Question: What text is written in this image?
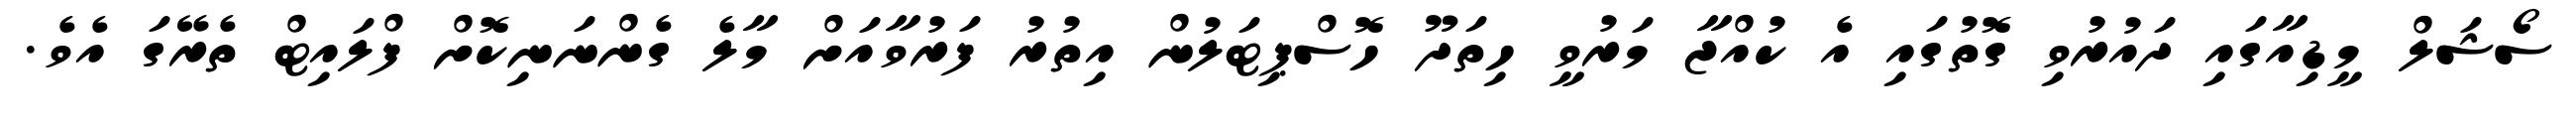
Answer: ސޯޝަލް މީޑިއާގައި ދައުރުވި ގޮތުގައި އެ ކުއްޖާ މަރުވީ ހިތަދޫ ހޮސްޕިޓަލުން އިތުރު ފަރުވާއަށް މާލެ ގެންނަނިކޮށް ފްލައިޓް ތެރޭގަ އެވެ.